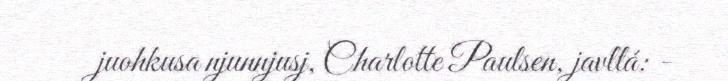
juohkusa njunnjusj, Charlotte Paulsen, javllá: -